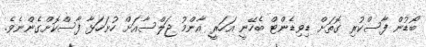
ބޯޑުން ފާސްކުރި ގޮތަށް ޑިވިޑެންޓް ބެހޭނީ އަހަރީ އާންމު ޖަލްސާއަށް ހުށަހަޅާ ފާސްކޮށްގެންނެވެ.